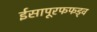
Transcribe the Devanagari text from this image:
ईसापूरफफड़्व